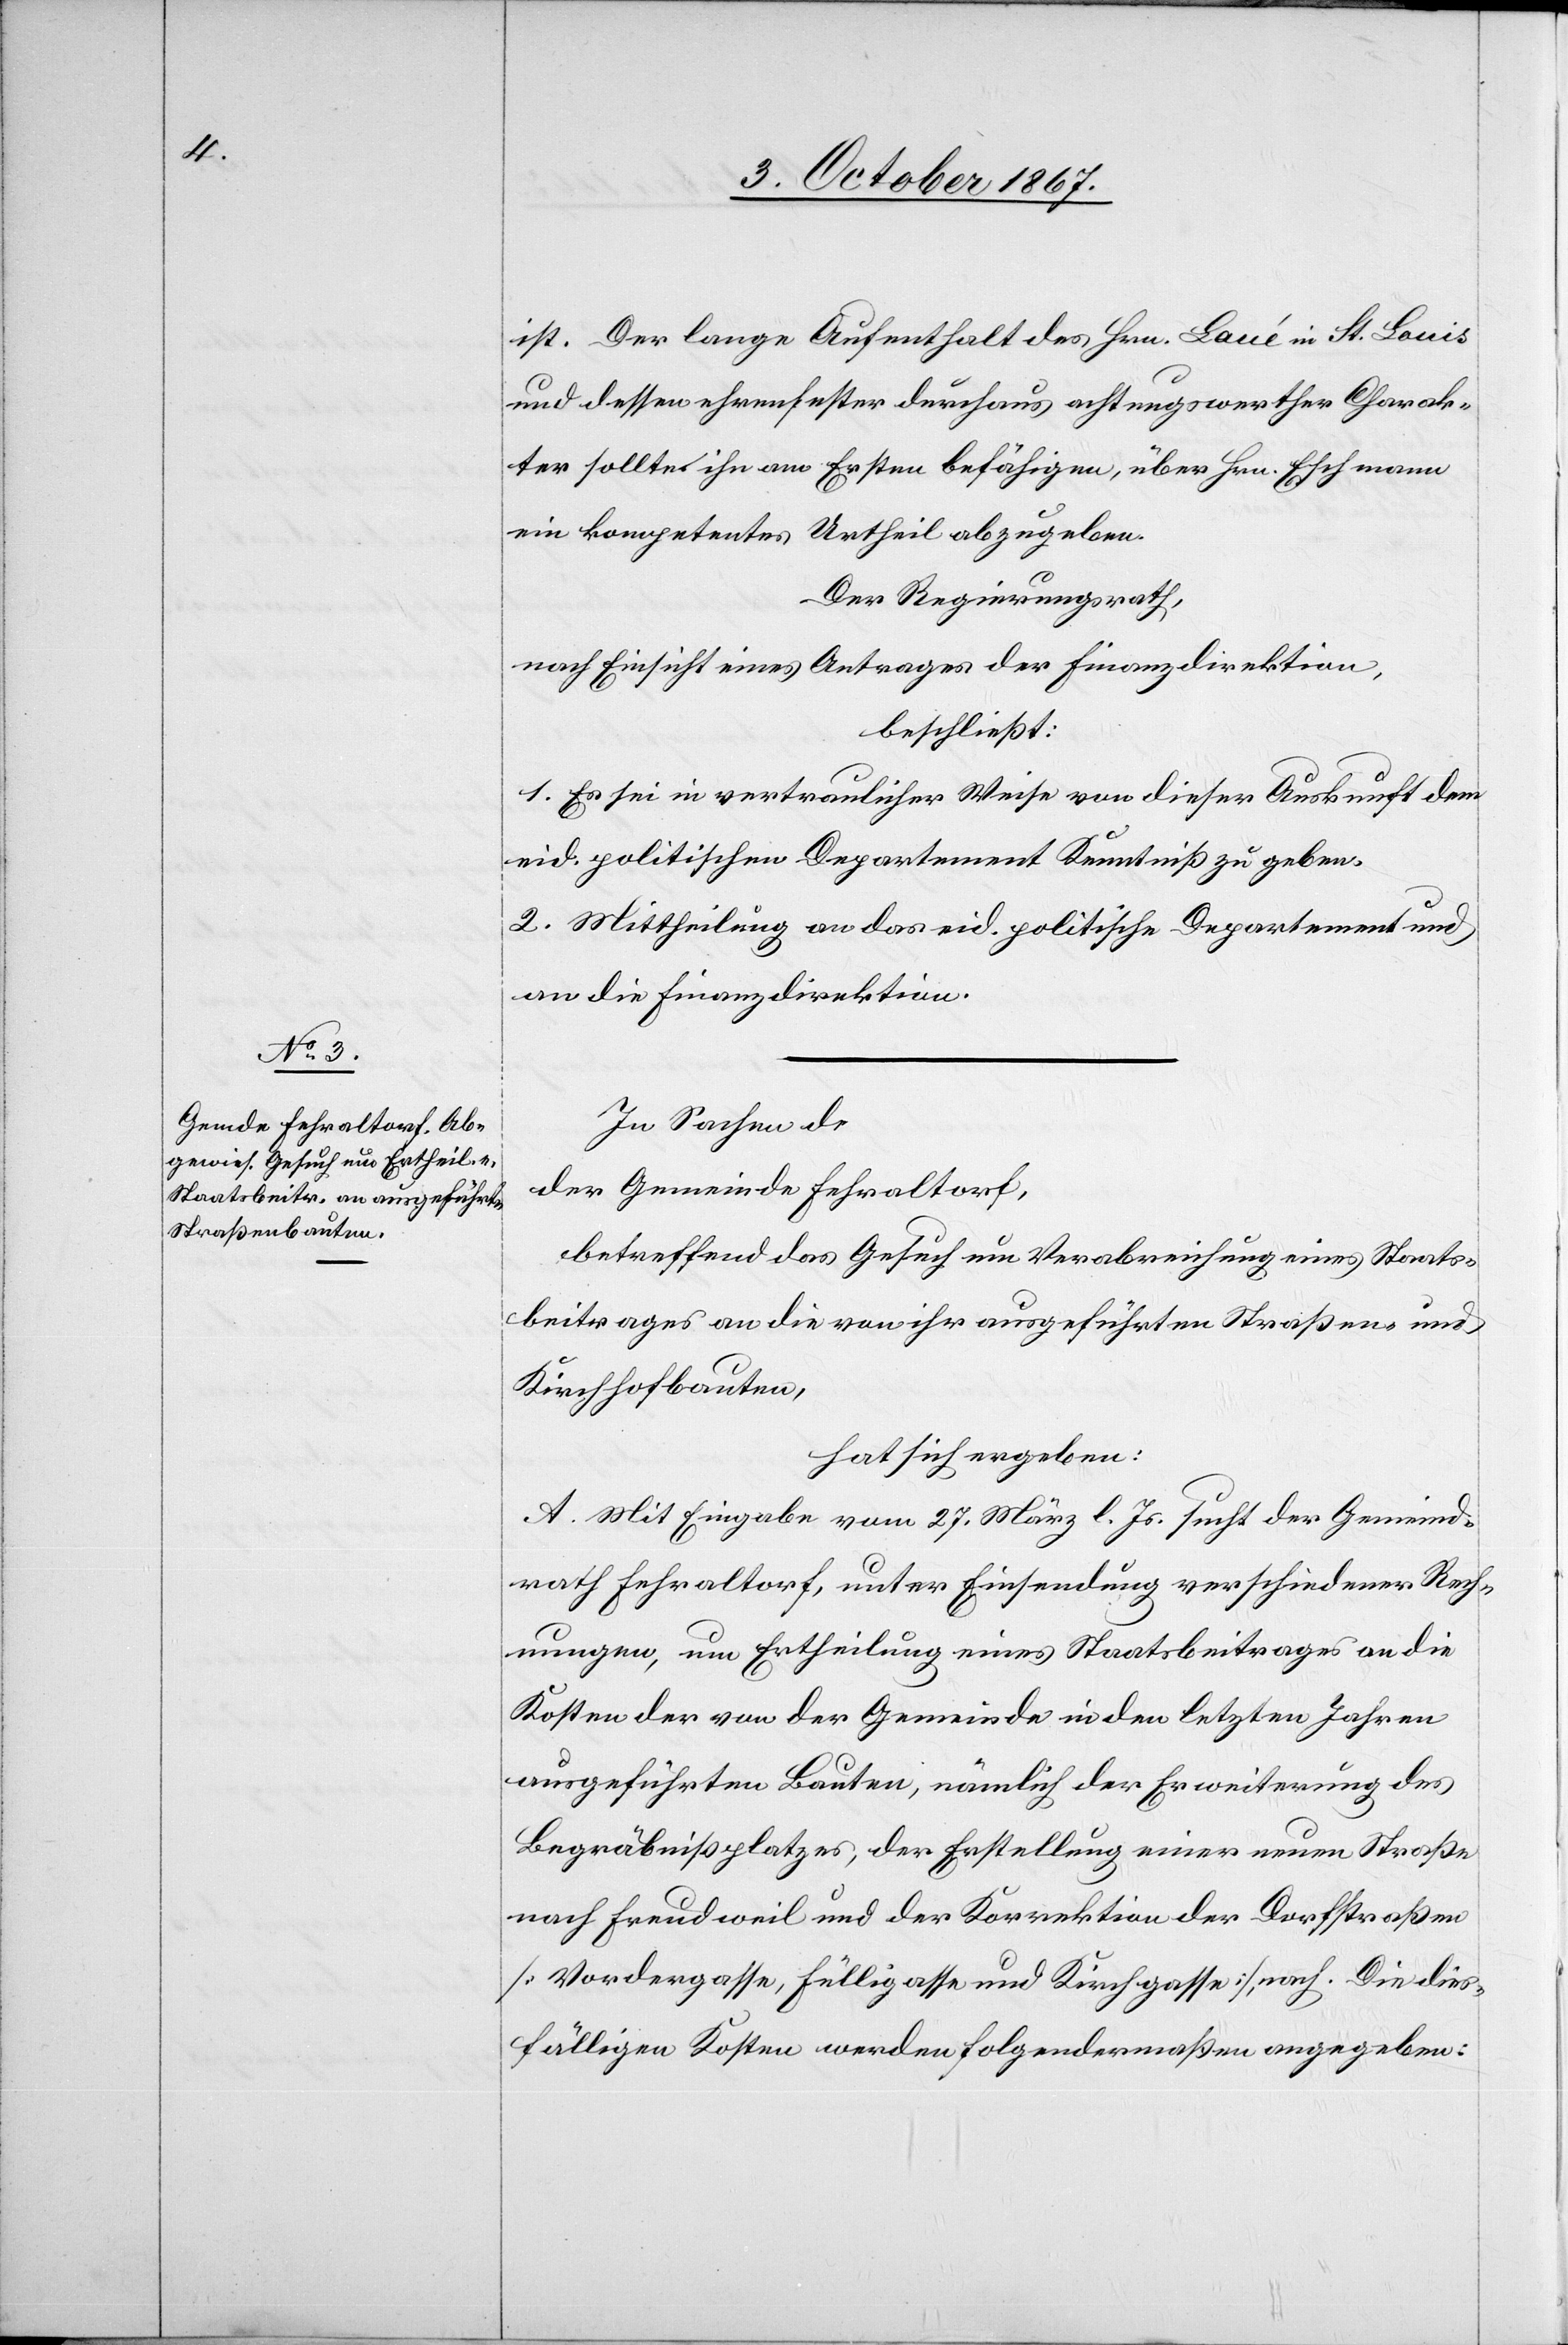
ist. Der lange Aufenthalt des Hrn. Laué in St. Louis
und dessen ehrenhafter durchaus achtungswerther Charak¬
ter sollte ihn am Ersten befähigen, über Hrn. Eschmann
ein kompetentes Urtheil abzugeben.
Der Regierungsrath,
nach Einsicht eines Antrages der Finanzdirektion,
beschließt:
1. Es sei in vertraulicher Weise von dieser Auskunft dem
eid. politischen Departement Kenntniß zu geben.
2. Mittheilung an das eid. politische Departement und
an die Finanzdirektion.
In Sachen
der Gemeinde Fehraltorf,
betreffend das Gesuch um Verabreichung eines Staats¬
beitrages an die von ihr ausgeführten Straßen- und
Kirchhofbauten,
hat sich ergeben:
A. Mit Eingabe vom 27. März l. Js. sucht der Gemeind¬
rath Fehraltorf, unter Einsendung verschiedener Rech¬
nungen, um Ertheilung eines Staatsbeitrages an die
Kosten der von der Gemeinde in den letzten Jahren
ausgeführten Bauten, nämlich der Erweiterung des
Begräbnißplatzes, der Erstellung einer neuen Straße
nach Freudweil und der Korrektion der Dorfstraßen
[Vordergasse, Fülliggasse und Kirchgasse], nach. Die dies¬
fälligen Kosten werden folgendermaßen angegeben: